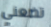
تضعني